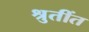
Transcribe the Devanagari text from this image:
श्रुतींत